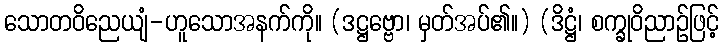
သောတဝိညေယျံ-ဟူသောအနက်ကို။ (ဒဋ္ဌဗ္ဗော၊ မှတ်အပ်၏။) (ဒိဋ္ဌံ၊ စက္ခုဝိညာဉ်ဖြင့်